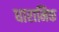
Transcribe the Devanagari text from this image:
धारामिक